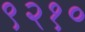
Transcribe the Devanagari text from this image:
९२१०